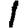
Digit: 1